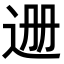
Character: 𬨡